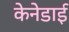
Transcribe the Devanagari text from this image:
केनेडाई